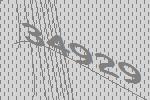
34929